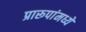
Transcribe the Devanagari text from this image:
प्रारूपांमध्ये